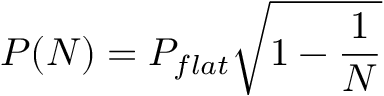
P ( N ) = P _ { f l a t } \sqrt { 1 - \frac { 1 } { N } }